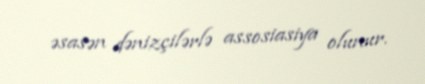
əsasən dənizçilərlə assosiasiya olunur.